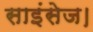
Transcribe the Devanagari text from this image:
साइंसेज।